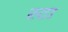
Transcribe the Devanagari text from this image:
स्टा